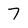
Character: 7